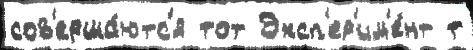
сов'ерша́ютс'я тот Эксп'ер'им'е́нт т